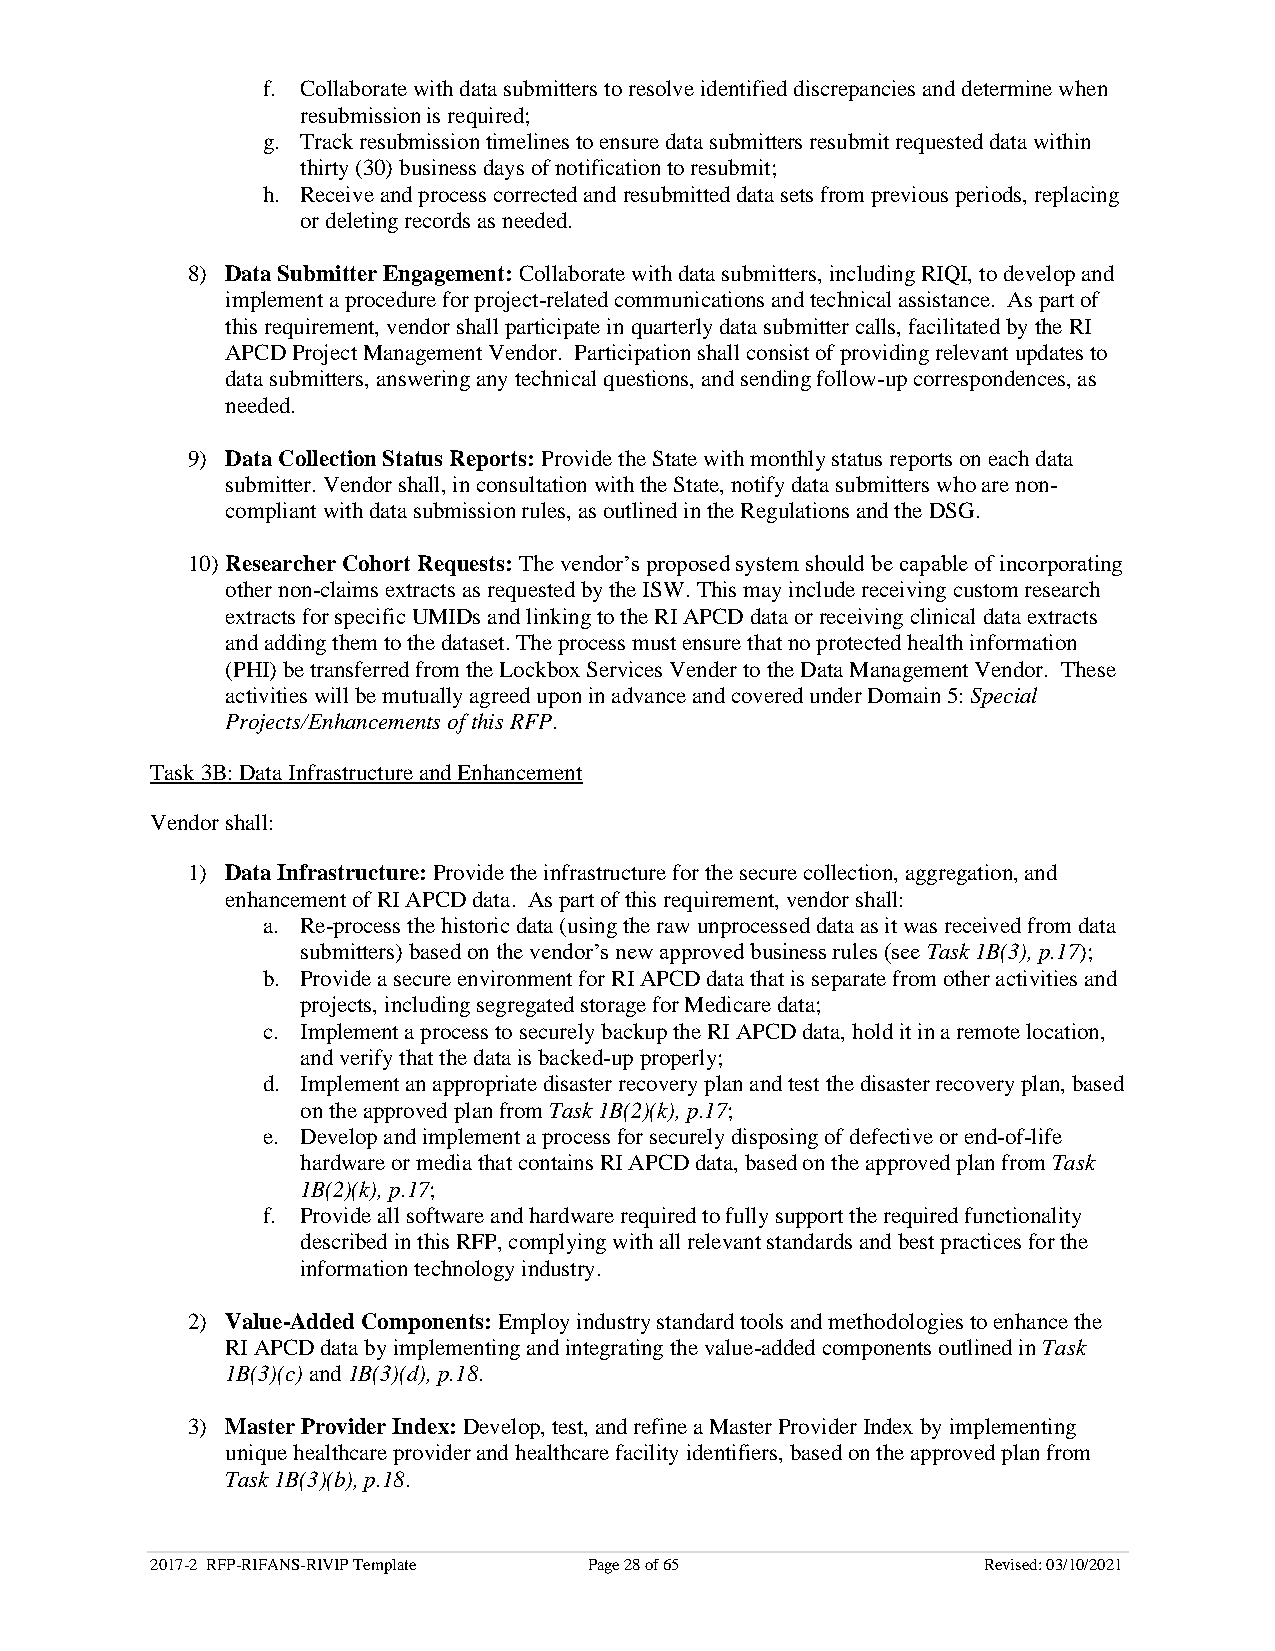
f. Collaborate with data submitters to resolve identified discrepancies and determine when
 resubmission is required;
 g. Track resubmission timelines to ensure data submitters resubmit requested data within
 thirty (30) business days of notification to resubmit;
 h. Receive and process corrected and resubmitted data sets from previous periods, replacing
 or deleting records as needed.
 8) Data Submitter Engagement: Collaborate with data submitters, including RIQI, to develop and
 implement a procedure for project-related communications and technical assistance. As part of
 this requirement, vendor shall participate in quarterly data submitter calls, facilitated by the RI
 APCD Project Management Vendor. Participation shall consist of providing relevant updates to
 data submitters, answering any technical questions, and sending follow-up correspondences, as
 needed.
 9) Data Collection Status Reports: Provide the State with monthly status reports on each data
 submitter. Vendor shall, in consultation with the State, notify data submitters who are non-
 compliant with data submission rules, as outlined in the Regulations and the DSG.
 10) Researcher Cohort Requests: The vendor’s proposed system should be capable of incorporating
 other non-claims extracts as requested by the ISW. This may include receiving custom research
 extracts for specific UMIDs and linking to the RI APCD data or receiving clinical data extracts
 and adding them to the dataset. The process must ensure that no protected health information
 (PHI) be transferred from the Lockbox Services Vender to the Data Management Vendor. These
 activities will be mutually agreed upon in advance and covered under Domain 5: Special
 Projects/Enhancements of this RFP.
 Task 3B: Data Infrastructure and Enhancement
 Vendor shall:
 1) Data Infrastructure: Provide the infrastructure for the secure collection, aggregation, and
 enhancement of RI APCD data. As part of this requirement, vendor shall:
 a. Re-process the historic data (using the raw unprocessed data as it was received from data
 submitters) based on the vendor’s new approved business rules (see Task 1B(3), p.17);
 b. Provide a secure environment for RI APCD data that is separate from other activities and
 projects, including segregated storage for Medicare data;
 c. Implement a process to securely backup the RI APCD data, hold it in a remote location,
 and verify that the data is backed-up properly;
 d. Implement an appropriate disaster recovery plan and test the disaster recovery plan, based
 on the approved plan from Task 1B(2)(k), p.17;
 e. Develop and implement a process for securely disposing of defective or end-of-life
 hardware or media that contains RI APCD data, based on the approved plan from Task
 1B(2)(k), p.17;
 f. Provide all software and hardware required to fully support the required functionality
 described in this RFP, complying with all relevant standards and best practices for the
 information technology industry.
 2) Value-Added Components: Employ industry standard tools and methodologies to enhance the
 RI APCD data by implementing and integrating the value-added components outlined in Task
 1B(3)(c) and 1B(3)(d), p.18.
 3) Master Provider Index: Develop, test, and refine a Master Provider Index by implementing
 unique healthcare provider and healthcare facility identifiers, based on the approved plan from
 Task 1B(3)(b), p.18.
 2017-2 RFP-RIFANS-RIVIP Template Page 28 of 65         Revised: 03/10/2021